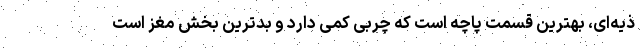
ذیه‌ای، بهترین قسمت پاچه است که چربی کمی دارد و بدترین بخش مغز است